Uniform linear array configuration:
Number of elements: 64
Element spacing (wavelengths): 0.5
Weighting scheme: exponential
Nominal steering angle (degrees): -30
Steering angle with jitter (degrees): -29.008
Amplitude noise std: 0.05
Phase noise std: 0.05

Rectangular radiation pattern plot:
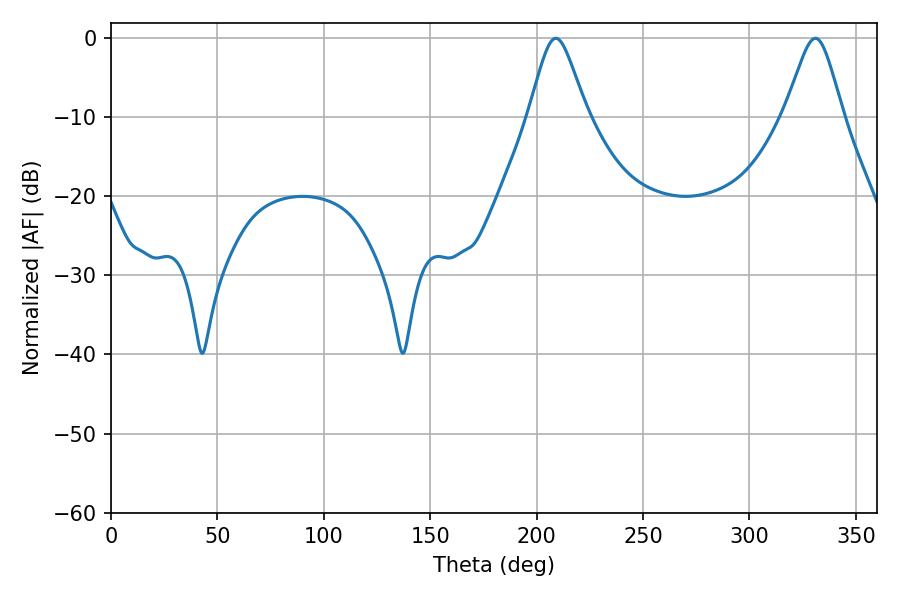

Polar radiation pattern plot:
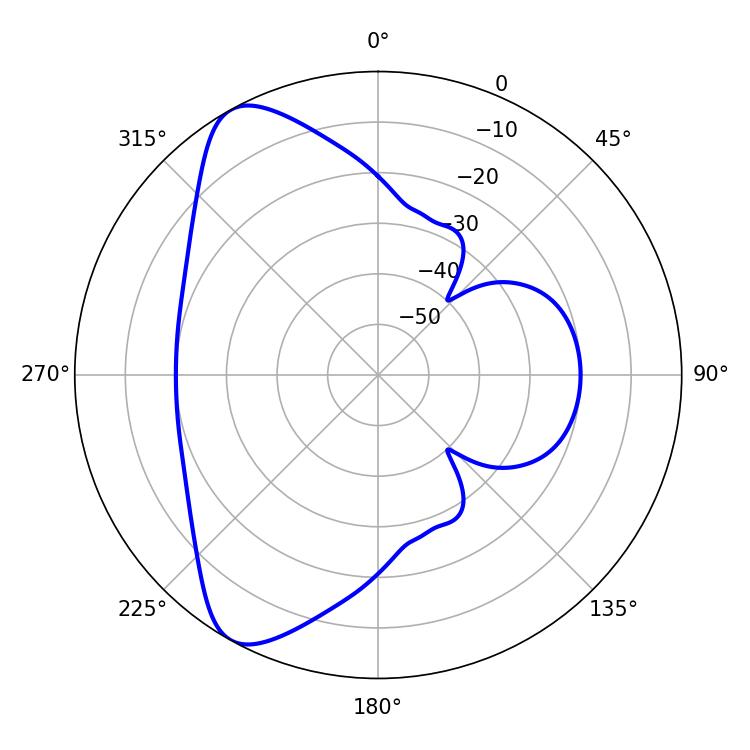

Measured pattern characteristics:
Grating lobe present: FALSE
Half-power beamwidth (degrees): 13.14
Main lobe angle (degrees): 208.98